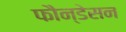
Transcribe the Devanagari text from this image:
फौन्डेसन